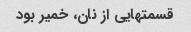
قسمتهایی از نان، خمیر بود